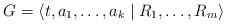
\begin{align*}G=\langle t, a_1, \ldots, a_k\mid R_1, \ldots , R_m\rangle\end{align*}